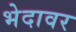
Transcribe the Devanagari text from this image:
भेदावर